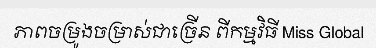
ភាពចម្រូងចម្រាស់ជាច្រើន ពីកម្មវិធី Miss Global